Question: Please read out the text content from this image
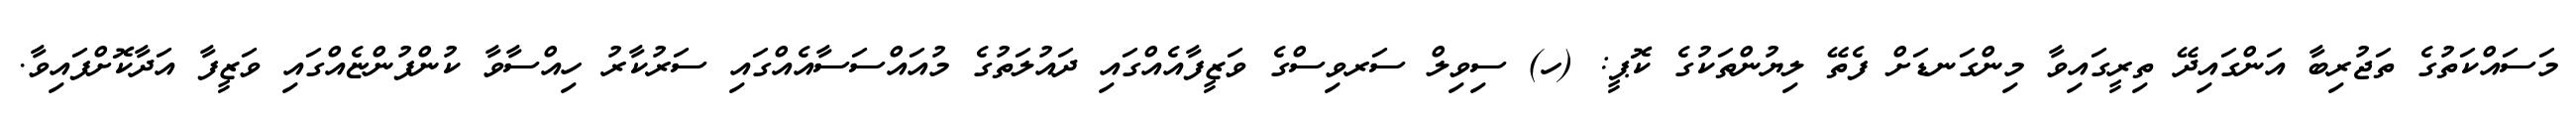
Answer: މަސައްކަތުގެ ތަޖުރިބާ އަންގައިދޭ ތިރީގައިވާ މިންގަނޑަށް ފެތޭ ލިޔުންތަކުގެ ކޮޕީ: (ހ) ސިވިލް ސަރވިސްގެ ވަޒީފާއެއްގައި ދައުލަތުގެ މުއައްސަސާއެއްގައި ސަރުކާރު ހިއްސާވާ ކުންފުންޏެއްގައި ވަޒީފާ އަދާކޮށްފައިވާ.